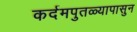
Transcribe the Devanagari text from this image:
कर्दमपुतळ्यापासुन